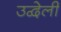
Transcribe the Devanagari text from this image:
उद्वेली